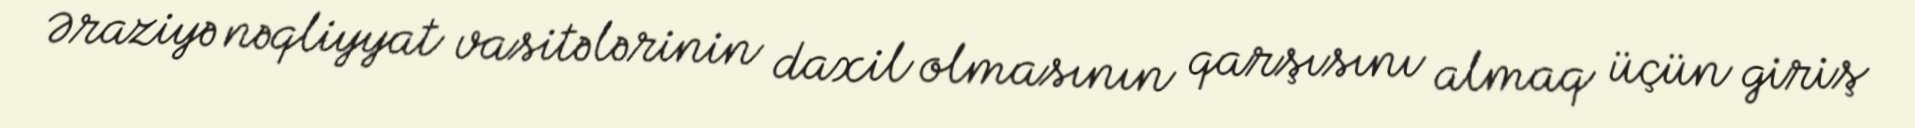
Əraziyə nəqliyyat vasitələrinin daxil olmasının qarşısını almaq üçün giriş